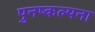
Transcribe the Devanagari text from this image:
पुनष्कल्पना